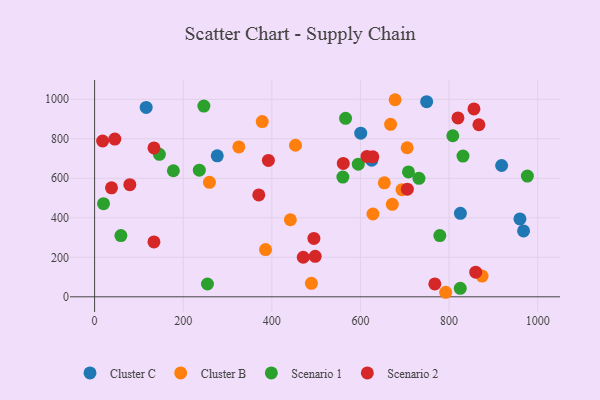
{"axis": {"x": "Distance", "y": "Rating"}, "legend": ["Cluster B", "Cluster C", "Scenario 1", "Scenario 2"], "data": [{"x": "749.4", "y": 987.7, "type": "Cluster C"}, {"x": "968.1", "y": 333.3, "type": "Cluster C"}, {"x": "825.6", "y": 422.4, "type": "Cluster C"}, {"x": "600.6", "y": 828.6, "type": "Cluster C"}, {"x": "276.8", "y": 713.6, "type": "Cluster C"}, {"x": "116.4", "y": 958.6, "type": "Cluster C"}, {"x": "959.9", "y": 394.1, "type": "Cluster C"}, {"x": "625.5", "y": 691.4, "type": "Cluster C"}, {"x": "918.6", "y": 664.8, "type": "Cluster C"}, {"x": "259.2", "y": 579.6, "type": "Cluster B"}, {"x": "441.8", "y": 390.1, "type": "Cluster B"}, {"x": "668.0", "y": 873.2, "type": "Cluster B"}, {"x": "678.2", "y": 997.8, "type": "Cluster B"}, {"x": "671.9", "y": 468.2, "type": "Cluster B"}, {"x": "792.3", "y": 22.9, "type": "Cluster B"}, {"x": "874.5", "y": 104.7, "type": "Cluster B"}, {"x": "385.8", "y": 239.0, "type": "Cluster B"}, {"x": "378.3", "y": 887.0, "type": "Cluster B"}, {"x": "453.4", "y": 767.3, "type": "Cluster B"}, {"x": "325.5", "y": 758.6, "type": "Cluster B"}, {"x": "705.4", "y": 754.7, "type": "Cluster B"}, {"x": "693.7", "y": 542.3, "type": "Cluster B"}, {"x": "653.9", "y": 577.2, "type": "Cluster B"}, {"x": "628.2", "y": 419.2, "type": "Cluster B"}, {"x": "489.3", "y": 68.2, "type": "Cluster B"}, {"x": "732.0", "y": 599.9, "type": "Scenario 1"}, {"x": "177.8", "y": 638.1, "type": "Scenario 1"}, {"x": "566.4", "y": 903.7, "type": "Scenario 1"}, {"x": "708.3", "y": 632.0, "type": "Scenario 1"}, {"x": "831.4", "y": 712.4, "type": "Scenario 1"}, {"x": "236.3", "y": 640.9, "type": "Scenario 1"}, {"x": "560.3", "y": 606.0, "type": "Scenario 1"}, {"x": "20.1", "y": 471.6, "type": "Scenario 1"}, {"x": "825.2", "y": 42.8, "type": "Scenario 1"}, {"x": "976.7", "y": 611.3, "type": "Scenario 1"}, {"x": "808.4", "y": 815.4, "type": "Scenario 1"}, {"x": "779.1", "y": 309.8, "type": "Scenario 1"}, {"x": "254.7", "y": 64.8, "type": "Scenario 1"}, {"x": "59.3", "y": 309.8, "type": "Scenario 1"}, {"x": "595.1", "y": 671.4, "type": "Scenario 1"}, {"x": "146.2", "y": 721.2, "type": "Scenario 1"}, {"x": "246.6", "y": 965.7, "type": "Scenario 1"}, {"x": "627.9", "y": 708.6, "type": "Scenario 2"}, {"x": "133.9", "y": 277.6, "type": "Scenario 2"}, {"x": "470.9", "y": 200.2, "type": "Scenario 2"}, {"x": "856.1", "y": 951.3, "type": "Scenario 2"}, {"x": "38.1", "y": 551.9, "type": "Scenario 2"}, {"x": "497.8", "y": 204.7, "type": "Scenario 2"}, {"x": "392.2", "y": 690.5, "type": "Scenario 2"}, {"x": "494.9", "y": 295.4, "type": "Scenario 2"}, {"x": "867.3", "y": 871.1, "type": "Scenario 2"}, {"x": "45.6", "y": 798.6, "type": "Scenario 2"}, {"x": "820.0", "y": 905.6, "type": "Scenario 2"}, {"x": "860.1", "y": 124.5, "type": "Scenario 2"}, {"x": "18.1", "y": 788.8, "type": "Scenario 2"}, {"x": "561.2", "y": 675.3, "type": "Scenario 2"}, {"x": "767.8", "y": 65.4, "type": "Scenario 2"}, {"x": "370.5", "y": 515.6, "type": "Scenario 2"}, {"x": "134.0", "y": 753.6, "type": "Scenario 2"}, {"x": "705.8", "y": 545.0, "type": "Scenario 2"}, {"x": "79.5", "y": 567.9, "type": "Scenario 2"}, {"x": "614.7", "y": 710.5, "type": "Scenario 2"}]}